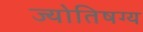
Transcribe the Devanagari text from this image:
ज्योतिषग्य